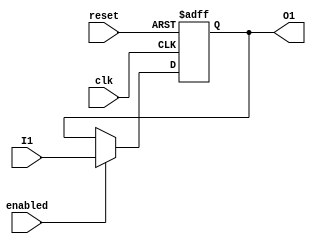
//Laboratorio 09 Electronica Digital
//Diego Esrada 19264
//Ejercicio 01

//FlipFlop Tipo D de un bit.
module FlipFlopD1(
    input wire reset, clk, enabled, I1,
    output reg O1);

    always @ (posedge clk or posedge reset) begin
        if (reset) 
            O1 <= 1'b0;
        else if (enabled)
            O1 <= I1;
        end
endmodule

//FlipFlop Tipo D de dos bits.
module FlipFlopD2(
    input wire reset, clk, enabled,
    input wire [1:0]I2,
    output wire [1:0]O2);

    FlipFlopD1 B1(clk, reset, enabled, I2[0], O2[0]);
    FlipFlopD1 B2(clk, reset, enabled, I2[1], O2[1]);
endmodule

//FlipFlop Tipo D de cuatro bits.
module FlipFlopD4(
    input wire reset, clk, enabled,
    input wire [3:0]I3,
    output wire [3:0]O3);

    FlipFlopD2 C1(clk, reset, enabled, I3[1:0], O3[1:0]);
    FlipFlopD2 C2(clk, reset, enabled, I3[3:2], O3[3:2]);
endmodule